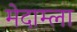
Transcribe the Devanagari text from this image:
मेदाम्ला